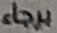
برجاء